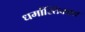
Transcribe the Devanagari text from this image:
धर्मास्तिकाय